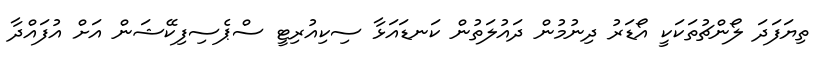
ތިޔަފަދަ ލޯންޗުތަކަކީ އޯޑަރު ދިނުމުން ދައުލަތުން ކަނޑައަޅާ ސިކިއުރިޓީ ސްޕެސިފިކޭޝަން އަށް އުފައްދާ